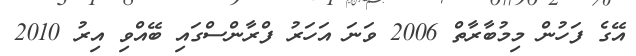
އޭގެ ފަހުން މިމުބާރާތް 2006 ވަނަ އަހަރު ފްރާންސްގައި ބޭއްވި އިރު 2010